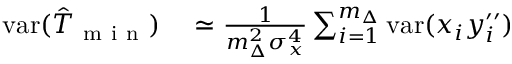
\begin{array} { r l } { \mathrm { v a r } ( \hat { T } _ { \mathrm { ~ m ~ i ~ n ~ } } ) } & { { } \simeq \frac { 1 } { m _ { \Delta } ^ { 2 } \sigma _ { x } ^ { 4 } } \sum _ { i = 1 } ^ { m _ { \Delta } } \mathrm { v a r } ( x _ { i } y _ { i } ^ { \prime \prime } ) } \end{array}